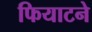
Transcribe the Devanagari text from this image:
फियाटने